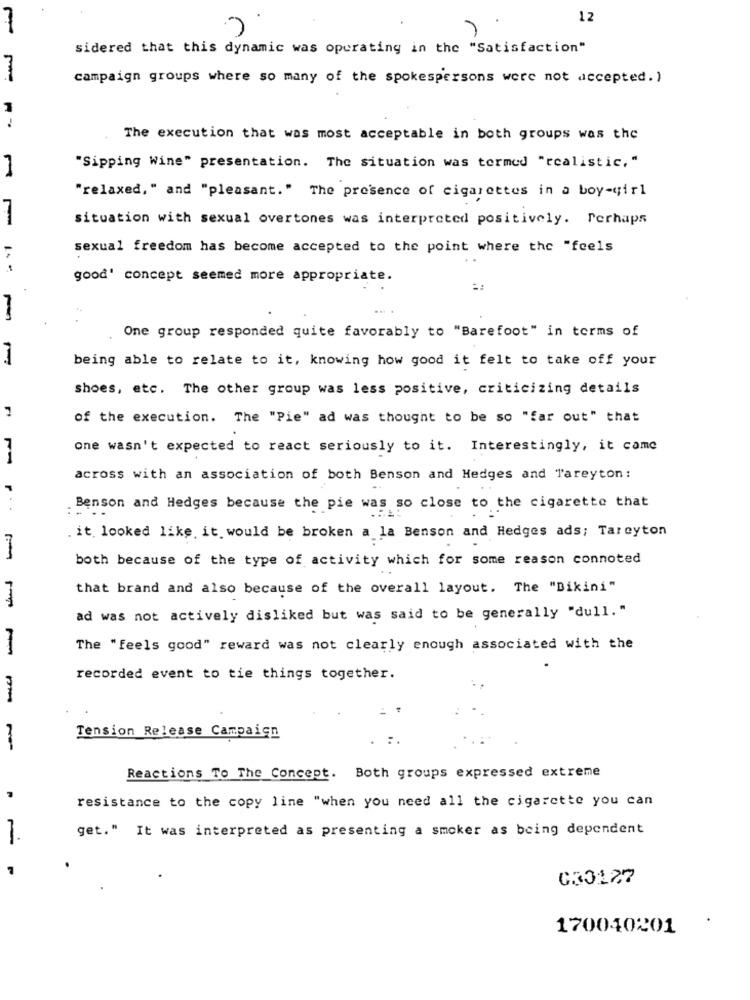
12
sidered that this dynamic was operating in the "Satisfaction"
campaign groups where so many of the spokespersons were not accepted. )
1
The execution that was most acceptable in both groups was the
"Sipping Wine" presentation. The situation was termed "realistic,"
"relaxed," and "pleasant." The presence of cigarettes in a boy-girl
7
situation with sexual overtones was interpreted positively. Perhaps
sexual freedom has become accepted to the point where the "feels
1 .-
good' concept seemed more appropriate.
One group responded quite favorably to "Barefoot" in terms of
being able to relate to it, knowing how good it felt to take off your
shoes, etc. The other group was less positive, criticizing details
of the execution. The "Pie" ad was thought to be so "far out" that
one wasn't expected to react seriously to it. Interestingly, it came
across with an association of both Benson and Hedges and Tareyton :
Benson and Hedges because the pie was so close to the cigarette that
. it looked like, it would be broken a la Benson and Hedges ads; Tareyton
both because of the type of activity which for some reason connoted
that brand and also because of the overall layout. The "Bikini"
ad was not actively disliked but was said to be generally "dull. "
The "feels good" reward was not clearly enough associated with the
recorded event to tie things together.
Tension Release Campaign
:.
Reactions To The Concept. Both groups expressed extreme
resistance to the copy line "when you need all the cigarette you can
get." It was interpreted as presenting a smoker as being dependent
033127
170040201